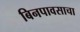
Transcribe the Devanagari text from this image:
बिनपावसाचा